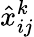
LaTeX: \hat{x}_{ij}^{k}